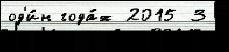
од'и́н года́х 2015 3